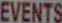
EVENTS